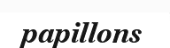
papillons